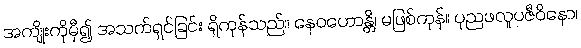
အကျိုးကိုမှီ၍ အသက်ရှင်ခြင်း ရှိကုန်သည်။ နေဝဟောန္တိ၊ မဖြစ်ကုန်။ ပုညဖလူပဇီဝိနော၊